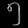
Digit: ၅